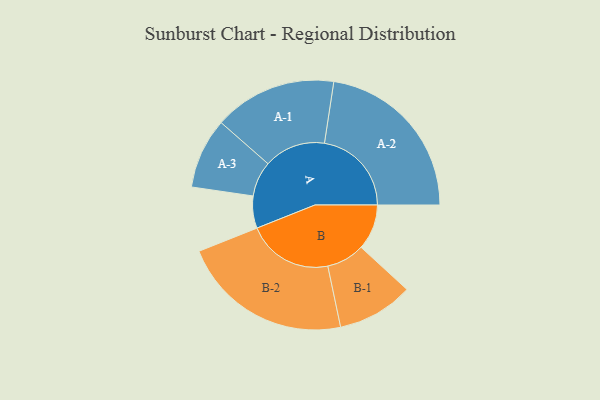
{"axis": {"x": "Segment", "y": "Value"}, "legend": ["", "A", "B"], "data": [{"x": "A", "y": 103, "type": ""}, {"x": "B", "y": 146, "type": ""}, {"x": "A-1", "y": 197, "type": "A"}, {"x": "A-2", "y": 279, "type": "A"}, {"x": "A-3", "y": 113, "type": "A"}, {"x": "B-1", "y": 122, "type": "B"}, {"x": "B-2", "y": 275, "type": "B"}]}